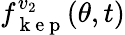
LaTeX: f_{\mathrm{~k~e~p~}}^{v_{2}}(\theta,t)